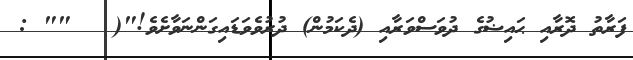
ފަރާތު ދޮރާއި ޙައިޟުގެ ދުވަސްވަރާއި (ދެކަމުން) ދުރުވެވަޑައިގަންނަވާށެވެ!"(   "" :